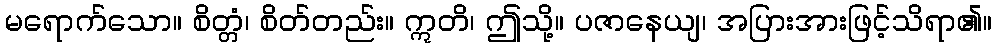
မရောက်သော။ စိတ္တံ၊ စိတ်တည်း။ ဣတိ၊ ဤသို့။ ပဇာနေယျ၊ အပြားအားဖြင့်သိရာ၏။